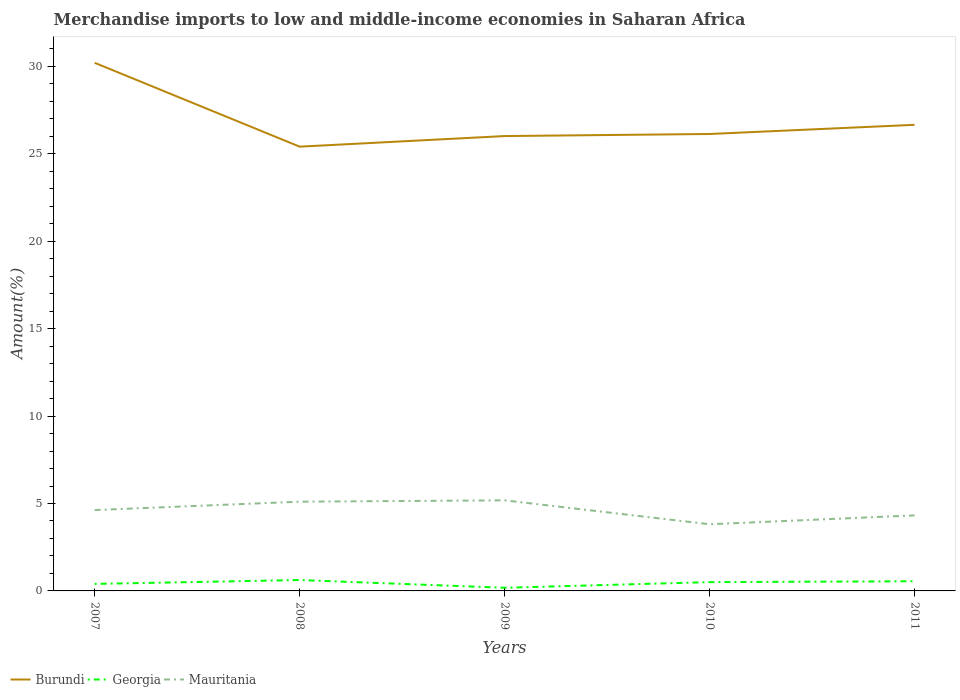
| Years | Burundi | Georgia | Mauritania |
 | --- | --- | --- | --- |
 | 2007 | 30.2 | 0.402 | 4.63 |
 | 2008 | 25.4 | 0.623 | 5.1 |
 | 2009 | 26 | 0.18 | 5.18 |
 | 2010 | 26.1 | 0.503 | 3.81 |
 | 2011 | 26.7 | 0.554 | 4.32 |